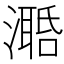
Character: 𣿛